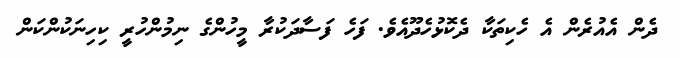
ދެން އެއުރެން އެ ހެކިތަކާ ދެކޮޅުހެދޫއެވެ. ފަހެ ފަސާދަކުރާ މީހުންގެ ނިމުންހުރީ ކިހިނަކުންކަން